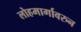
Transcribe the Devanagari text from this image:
लोहमार्गावरुन